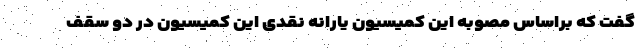
گفت که براساس مصوبه این کمیسیون یارانه نقدی این کمیسیون در دو سقف